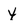
Character: y